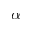
\alpha